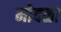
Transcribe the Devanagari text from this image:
मोदळा